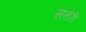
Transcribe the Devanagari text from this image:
सत्तेरी